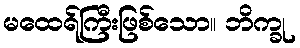
မထေရ်ကြီးဖြစ်သော။ ဘိက္ခု